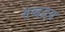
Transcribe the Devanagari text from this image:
शब्दद्वय